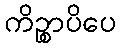
ကိဉ္စာပိပေ